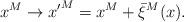
LaTeX: \begin{align*}x^M \to {x'}^M = x^M+\bar{\xi}^M(x).\end{align*}